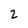
Character: z